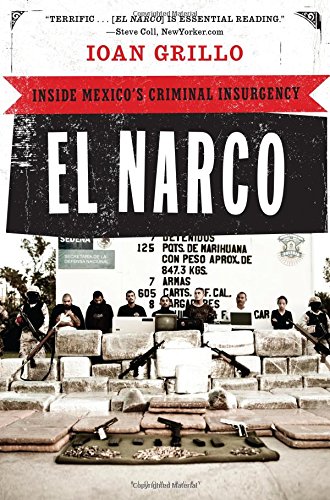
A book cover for El Narco: Inside Mexico's Criminal Insurgency; Ioan Grillo; Biographies & Memoirs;